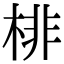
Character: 棑